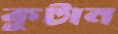
কুটান